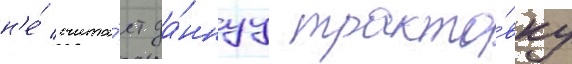
н'е́ счита́ет да́ннуу тракто́вку